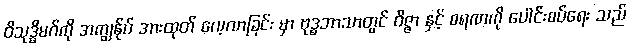
ဝိသုဒ္ဓိမဂ်ကို အကျွန်ုပ် အားထုတ် လေ့လာခြင်း မှာ ဗုဒ္ဓဘာသာတွင် ဝိဇ္ဇာ နှင့် စရဏကို ပေါင်းစပ်ရေး သည်